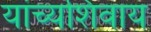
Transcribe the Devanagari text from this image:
यांच्यशिवाय